Calcutta medical institutions reports 1892-1900
Year: 1892
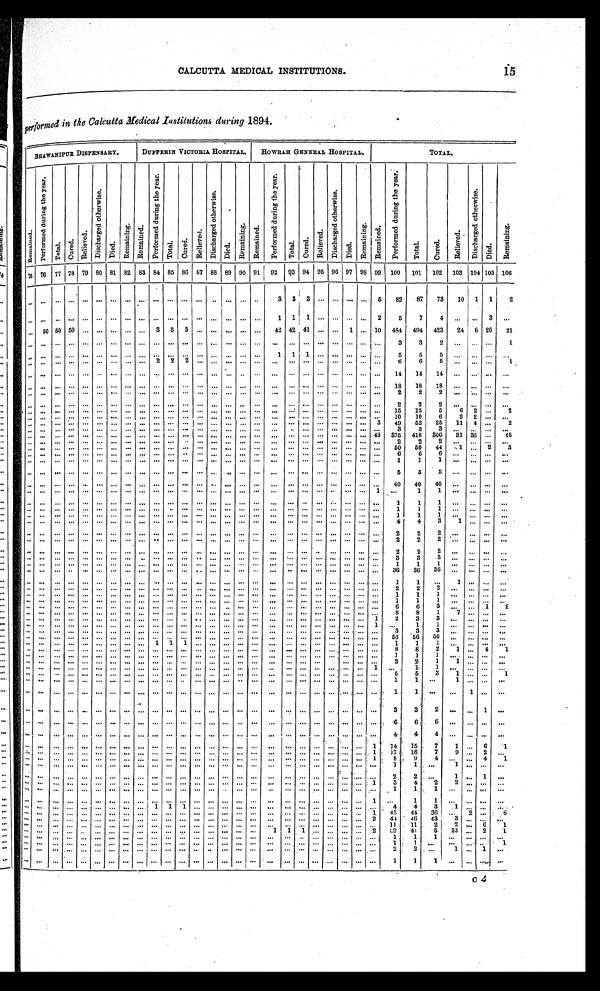
15
CALCUTTA MEDICAL INSTITUTIONS.
performed in the Calcutta Medical Institutions during 1894.
B H A W A N I P U R
DI S P E NS ARY.
DUFFERIN VICTORIA HOSPITAL .
H O W R A H G E N E R A L H O S P I T A L .
TOTAL.
Re ma i n e d .
P e r f o r m e d d u r i n g t h e y e a r .
T o t a l .
C u r e d .
R e l i e v e d .
D i s c h a r g e d o t h e r w i s e .
D i e d .
R e m a i n i n g .
R e m a i n e d .
P e r f o r m e d d u r i n g t h e y e a r .
Total.
C u r e d .
R e l i e v e d .
D i s c h a r g e d o t h e r w i s e .
Died.
R e m a i n i n g .
R e m a i n e d .
P e r f o r m e d d u r i n g t h e y e a r .
T o t a l .
C u r e d .
R e l i e v e d .
Di s c h a r g e d o t h e r wi s e .
D i e d .
R e ma i n i n g .
R e m a i n e d .
P e r f o r m e d d u r i n g t h e y e a r .
T o t a l .
C u r e d .
R e l i e v e d .
D i s c h a r g e d o t h e r w i s e .
D i e d .
R e m a i n i n g .
75
76
77 78
79
80
81
82
83
84
85
86
87
88
89
90
91
92
93 94
95
96
97
98
99
100
101
102
103
104 105
106
. . .
. . .
. . .
. . .
. . .
. . .
. . .
. . .
. . .
. . .
. . .
. . .
. . .
. . .
. . .
. . .
. . .
3
3
3
. . . . . .
. . .
. . .
5
82
87
73
10 1
1
2
. . .
. . .
. . .
. . .
. . .
. . .
. . .
. . .
. . .
. . .. . .
. . .
. . .
. . . . . .
. . .
. . .
1
1
1
. . .. . .
. . . . . .
2
5
7
4
. . . . . .
3
. . .
. . .
50
50 50
. . .
. . .
. . .
. . .
. . .
3
3
3
. . .
. . . . . .
. . .
. . .
42 42
41
. . . . . .
1
. . . 10
484
494
423
24
6
20
21
. . .
. . .
. . .
. . .
. . .
. . .
. . .
. . .
. . .
. . .. . .
. . .
. . .
. . .. . .
. . .
. . .
. . .
. . ..
. .
. . .. . .
. . . . . . . . .
3
3
2
. . .
. . .
. . .
1
. . .
. . .
. . .
. . .
. . .
. . .
. . .
. . .
. . .
. . .. . .
. . .
. . .. . . . . .
. . .
. . .
1
1 1
. . .. . .
. . . . . . . . .
5
5
5
. . .
. . .
. . . . . .
. . .
. . .
. . .
. . .
. . .
. . .
. . .
. . .
. . .
2 2
2
. . .
. . .. . .
. . .
. . .
. . .
. . . . . .
. . .. . .
. . . . . . . . .
6
6
5
. . .
. . .
. . .
1
. . .
. . .
. . .
. . .
. . .
. . .
. . .
. . .
. . .
. . .. . .
. . .
. . .
. . .
. . .
. . .
. . .
. . .
. . . . . .
. . .. . .
. . . . . . . . .
14
14
14
. . .
. . .
. . .
. . .
. . .
. . .
. . .
. . .
. . .
. . .
. . .
. . .
. . .
. . .. . .
. . .
. . .
. . .. . .
. . .
. . .
. . .
. . . . . .
. . .. . .
. . . . . . . . .
18
18
18
. . .
. . .
. . .
. . .
. . .
. . .
. . .
. . .
. . .
. . .
. . .
. . .
. . .
. . .. . .
. . .
. . .
. . .. . .
. . .
. . .
. . .
. . . . . .
. . .. . .
. . . . . . . . .
2
2
2
. . .
. . .
. . . . . .
. . .
. . .
. . .
. . .
. . .
. . .
. . .
. . .. . .
. . .. . .
. . .
. . .
. . .. . .
. . .
. . .
. . .
. . . . . .
. . .. . .
. . . . . . . . .
2
2
2
. . .
. . .
. . .
. . .
. . .
. . .
. . .
. . .
. . .
. . .
. . .
. . .
. . .
. . .
. . .
. . .
. . .
. . .. . .
. . .
. . .
. . .
. . . . . .
. . .. . .
. . . . . . . . .
1 5
1 5
5
6
2
. . .
2
. . .
. . .
. . .
. . .
. . .
. . .. . .
. . .
. . .
. . .
. . .
. . .
. . .
. . . . . .
. . .
. . .
. . .
. . . . . .
. . .. . .
. . . . . . . . .
1 0
1 0
6
2
2
. . .
. . .
. . .
. . .
. . .
. . .
. . .
. . .
. . .
. . .
. . .
. . .
. . .
. . ..
. .
. . .. . .
. . .
. . .. . .
. . . . . .
. . .. . .
. . . . . . 3
4 9
5 2
3 5
11
4
. . .
2
. . .
. . .
. . .
. . .
. . .
. . .
. . .
. . .
. . .
. . .
. . .
. . . . . .
. . .. . .
. . .
. . .. . .
. . . . . .
. . .. . .
. . . . . . . . .
3
3
3
. . .
. . .
. . .
. . .
. . .
. . .
. . .
. . .
. . .
. . .
. . .
. . .
. . .
. . .
. . .
. . . . . .
. . .. . .
. . .
. . .. . .
. . . . . .
. . .. . .
. . . . . .
43
375
418
306
31
36
. . .
45
. . .
. . .
. . .
. . .
. . .
. . .
. . .
. . .
. . .
. . .
. . .
. . . . . .
. . .. . .
. . .
. . .. . .
. . . . . .
. . .. . .
. . . . . .
. . .
2
2
2
. . .
. . .
. . .
. . .
. . .
. . .
. . .
. . .
. . .
. . .
. . .
. . .
. . .
. . .
. . .
. . . . . .
. . .. . .
. . .
. . .. . .
. . . . . .
. . .. . .
. . . . . .
. . .
50
50
44
1
. . .
2
3
. . .
. . .
. . .
. . .
. . .
. . .
. . .
. . .
. . .
. . .
. . .
. . . . . .
. . .. . .
. . .
. . .. . .
. . . . . .
. . .. . .
. . . . . .
. . .
6
6
6
. . .
. . .
. . . . . .
. . .
. . .
. . .
. . .
. . .
. . .
. . .
. . .
. . .
. . .
. . .
. . . . . .
. . .. . .
. . .
. . .. . .
. . . . . .
. . .. . .
. . . . . .
. . .
1
1
1
. . .
. . .
. . .
. . .
. . .
. . .
. . .
. . .
. . .
. . .
. . .
. . .
. . .
. . .
. . .
. . . . . .
. . .. . .
. . .
. . .. . .
. . . . . .
. . .. . .
. . . . . .
. . .
5
5
5
. . .
. . .
. . .
. . .
. . .
. . .
. . .
. . .
. . .
. . .
. . .
. . .
. . .
. . .
. . .
. . . . . .
. . .. . .
. . .
. . .. . .
. . . . . .
. . .. . .
. . . . . .
. . .
40
40
40
. . .
. . .
. . . . . .
. . .
. . .
. . .
. . .
. . .
. . .
. . .
. . .
. . .
. . .
. . .
. . . . . .
. . .. . .
. . .
. . .. . .
. . . . . .
. . .. . .
. . . . . .
1
. . .
1
1
. . .
. . .
. . .
. . .
. . .
. . .
. . .
. . .
. . .
. . .
. . .
. . .
. . .
. . .
. . .
. . .
. . .
. . . . . .
. . .
. . .
. . .
. . .
. . .
. . .
. . .
. . .
. . .
. . .
1
1
1
. . .
. . .
. . . . . .
1
1
. . .
. . .
. . .
. . .
1
. . .
. . .
. . .
. . .
. . .
. . .
. . .
. . .
. . .
. . .
. . .
. . .
. . .
. . . . . .
. . .
. . .
. . .
. . .
. . .
. . . . . .
. . .
. . .
. . .
1
1
1
. . .
. . .
. . .
. . .
. . .
. . .
. . .
. . .
. . .
. . .
. . .
. . .
. . .
. . .
. . .
. . .
. . .
. . .. . .
. . .
. . .. . .
. . .
. . .
. . .. . .
. . . . . .
. . .
4
3
1
. . .
. . . . . .
4
. . .
. . .
. . .
. . .
. . .
. . .
. . .
. . .
. . .
. . .
. . .
. . .
. . .
. . .. . .
. . .
. . .. . .
. . .
. . .
. . .. . .
. . . . . .
. . .
. . .
. . .
. . .
. . .
. . .
. . .
. . .
. . .
. . .
. . .
. . .
. . .
. . .
. . .. . .
. . .
. . .. . .
. . .
. . .
. . .. . .
. . . . . .
. . .
2
2
2
. . .
. . .
. . .
. . .
. . .
. . .
. . .
. . .
. . .
. . .
. . .
. . .
. . .
. . .
. . .
. . .
. . .
. . .. . .
. . .
. . .. . .
. . .
. . .
. . .. . .
. . . . . .
. . .
2
2
2
. . .
. . .
. . .
. . .
. . .
. . .
. . .
. . .
. . .
. . .
. . .
. . .
. . .
. . .
. . .
. . .
. . .
. . .. . .
. . .
. . .. . .
. . .
. . .
. . .. . .
. . . . . .
. . .
2
2
2
. . .
. . .
. . .
. . .
3
3
3
. . .
. . .
. . . . . .
. . .
. . .
. . .
. . .
. . .
. . .
. . .
. . .
. . .
. . .
. . .
. . .
. . .
. . .. . .
. . .
. . .. . .
. . .
. . .
. . .. . .
. . . . . .
. . .
1
1
. . .
. . .
. . . . . .
1
. . .
. . .
. . .
. . .
. . .
. . .
. . .
. . .
. . .
. . .
. . .
. . .
. . .
. . .. . .
. . .
. . .. . .
. . .
. . .
. . .. . .
. . . . . .
. . .
36
36
. . .
. . .
. . . . . .
36
. . .
. . .
. . .
. . .
. . .
. . .
. . .
. . .
. . .
. . .
. . .
. . .
. . .
. . .. . .
. . .
. . .. . .
. . .
. . .
. . .. . .
. . . . . .
. . .
. . .
. . .
. . .
. . .
. . .
. . .
. . .
. . .
. . .
. . .
. . .
. . .
. . .
. . .. . .
. . .
. . .. . .
. . .
. . .
. . .. . .
. . . . . .
. . .
1
1
. . .
1
. . .
. . . . . .
2
2
2
. . .
. . .
. . . . . .
. . .
. . .
. . .
. . .
. . .
. . .
. . .
. . .
. . .
. . .
. . .
. . .
. . .
. . .. . .
. . .
. . .. . .
. . .
. . .
. . .. . .
. . . . . .
. . .
1
1
1
. . .
. . .
. . .
. . .
. . .
. . .
. . .
. . .
. . .
. . .
. . .
. . .
. . .
. . .
. . .
. . .
. . .
. . .. . .
. . .
. . .. . .
. . .
. . .
. . .. . .
. . . . . .
. . .
1
1
1
. . .
. . .
. . . . . .
. . .
. . .
. . .
. . .
. . .
. . .
. . .
. . .
. . .
. . .
. . .
. . .
. . .
. . .. . .
. . .
. . .. . .
. . .
. . .
. . .. . .
. . . . . .
. . .
6
6
3
. . .
. . .
1
3
. . .
. . .
. . .
. . .
. . .
. . .
. . .
. . .
. . .
. . .
. . .
. . .
. . .
. . .. . .
. . .
. . .. . .
. . .
. . .
. . .. . .
. . . . . .
. . .
8
8
1
7
. . .
. . .
. . .
. . .
. . .
. . .
. . .
. . .
. . .
. . .
. . .
. . .
. . .
. . .
. . .
. . .
. . .. . .
. . .
. . .. . .
. . .
. . .
. . .. . .
. . . . . .
1
2
3
3
. . .
. . .
. . .
. . .
. . .
. . .
. . .
. . .
. . .
. . .
. . .
. . .
. . .
. . .
. . .
. . .
. . .
. . .. . .
. . .
. . .. . .
. . .
. . .
. . .. . .
. . .
. . .
1
1
1
. . .
. . .
. . .
. . .
. . .
. . .
. . .
. . .
. . .
. . .
. . .
. . .
. . .
. . .
. . .
. . .
. . .
. . .
. . .. . .
. . .
. . .. . .
. . .
. . .
. . .. . .
. . . . . .
. . .
3
3
3
. . .
. . .
. . .
. . .
. . .
. . .
. . .
. . .
. . .
. . .
. . .
. . .
. . .
. . .
. . .
. . .
. . .
. . .. . .
. . .
. . .. . .
. . .
. . .
. . .. . .
. . . . . .
. . .
5 6
56
. . .
. . .
. . . . . .
56
. . .
. . .
. . .
. . .
. . .
. . .
. . .
. . .
. . .
. . .
. . .
. . .
. . .
. . .. . .
. . .
. . .. . .
. . .
. . .
. . .
. . . . . .
. . .
. . .
. . .
. . .
. . .
. . .
. . .
. . .
. . .
. . .
1
1
1
. . .
. . .. . .
. . .
. . .. . .
. . .
. . .
. . .. . .
. . . . . .
. . .
1
1
1
. . .
. . .
. . . . . .
. . .
. . .
. . .
. . .
. . .
. . .
. . .
. . .
. . .
. . .
. . .
. . .
. . .
. . .. . .
. . .
. . .. . .
. . .
. . .
. . .. . .
. . . . . .
. . .
8
8
2
1
. . .
4
1
. . .
. . .
. . .
. . .
. . .
. . .
. . .
. . .
. . .
. . .
. . .
. . .
. . .
. . .. . .
. . .
. . .. . .
. . .
. . .
. . .. . .
. . . . . .
. . .
1
1
1
. . . . . .
. . .
. . .
. . .
. . .
. . .
. . .
. . .
. . .
. . .
. . .
. . .
. . .
. . .
. . .
. . .
. . .. . .
. . .
. . .. . .
. . .
. . .
. . .. . .
. . .
. . .
. . .
2
2
1
1
. . .
. . .
. . .
. . .
. . .
. . .
. . .
. . .
. . .
. . .
. . .
. . .
. . .
. . .
. . .
. . .
. . .. . .
. . .
. . .. . .
. . .
. . .
. . .. . .
. . . . . .
1
. . .
1
1
. . .
. . .
. . .
. . .
. . .
. . .
. . .
. . .
. . .
. . .
. . .
. . .
. . .
. . .
. . .
. . .
. . .
. . .. . .
. . .
. . .. . .
. . .
. . .
. . .. . .
. . . . . .
. . .
5
5
3
1 . . .
. . .
1
. . .
. . .
. . .
. . .
. . .
. . .
. . .
. . .
. . .
. . .
. . .
. . .
. . .
. . .. . .
. . .
. . .. . .
. . .
. . .
. . .. . .
. . . . . .
. . .
1
1
. . .
1
. . .
. . .
. . .
. . .
. . .
. . .
. . .
. . .
. . .
. . .
. . .
. . .
. . .
. . .
. . .
. . .
. . .. . .
. . .
. . .. . .
. . .
. . .
. . .. . .
. . . . . .
. . .
1
1
. . .
. . .
1
. . .
. . .
. . .
. . .
. . .
. . .
. . .
. . .
. . .
. . .
. . .
. . .
. . .
. . .
. . .
. . .. . .
. . .
. . .. . .
. . .
. . .
. . .. . .
. . . . . .
. . .
3
3
2
. . .
. . .
1
. . .
. . .
. . .
. . .
. . .
. . .
. . .
. . .
. . .
. . .
. . .
. . .
. . .
. . .
. . .. . .
. . .
. . .. . .
. . .
. . .
. . .. . .
. . . . . . . . .
6
6
6
. . .
. . .
. . . . . .
. . .
. . .
. . .
. . .
. . .
. . .
. . .
. . .
. . .
. . .
. . .
. . .
. . .
. . .. . .
. . .
. . .
. . .
. . .
. . .
. . . . . .
. . .
. . .
. . .
4
4
4
. . .
. . .
. . .
. . .
. . .
. . .
. . .
. . .
. . .
. . .
. . .
. . .
. . .
. . .
. . .
. . .
. . .
. . .. . .
. . .
. . .. . .
. . .
. . .
. . .. . .
. . . . . .
1
14 15
7
1
. . .
6
1
1 7
1 8
7
9
. . .
2
. . .
. . .
. . .
. . .
. . .
. . .
. . .
. . .
. . .
. . .
. . .
. . .
. . .
. . .
. . .. . .
. . .
. . .. . .
. . .
. . .
. . .. . .
. . . . . .
. . .
8
9
4
. . .
. . .
4
1
. . . . . .
. . .
. . .
. . .
. . .
. . .
. . .
. . .
. . .
. . .
. . .
. . .
. . .. . .
. . .
. . .. . .
. . .
. . .
. . . . . .
. . .
. . .
1
1
1
. . .
1
. . .
. . .
. . .
. . .
. . .
. . .
. . .
. . .
. . .
. . .
. . .
. . .
. . .
. . .
. . .
. . .
. . . . . .
. . .
. . .
. . .
. . .
. . .
. . . . . .
. . .
. . .
. . .
. . .
. . .
. . .
. . .
. . .
. . .
. . .
. . .
. . .
. . .
. . .
. . .
. . .
. . .. . .
. . .
. . .. . .
. . .
. . .
. . .. . .
. . . . . .
. . .
2
2
. . .
1
. . .
1
. . .
2
2
. . .
. . .
. . .
3
4
. . .
. . .
. . .
. . .
. . .
. . .
. . .
. . .
. . .
. . .
. . .
. . .
. . .
. . .. . .
. . .
. . .. . .
. . .
. . .
. . .. . .
. . . . . .
1
1
1
. . .
. . .
. . .
. . .
1
. . .
. . .
. . .
. . .
. . .
. . .
. . .
. . .
. . .
. . .
. . .
. . .
. . .
. . .
. . .. . .
. . .
. . .. . .
. . .
. . .
. . .. . .
. . . . . .
. . .
. . .
. . .
. . .
. . .
. . .
. . .
. . .
. . .
. . .
. . .
. . .
. . .
. . .
. . .. . .
. . .
. . .. . .
. . .
. . .
. . .. . .
. . . . . .
1
. . .
1
1
. . .
. . .
. . .
. . .
4
4
3
1 . . .
. . .
. . .
. . .
. . .
. . .
. . .
. . .
. . .
. . .
. . .
. . .
1
1
1
. . .
. . . . . .
. . .
. . .
. . .
. . .
. . .
. . . . . .
. . .
. . .
. . .
4 3
4 4
3 6
. . .
2
. . .
6
. . .
. . .
. . .
. . .
. . .
. . .
. . .
. . .
. . .
. . .
. . .
. . .
. . .
. . .. . .
. . .
. . .. . .
. . .
. . .
. . .. . .
. . . . . .
1
4 4
4 6
4 3
3
. . .
. . .
. . .
. . .
. . .
. . .
. . .
. . .
. . .
. . .
. . .
. . .
. . .
. . .
. . . . . .
. . .
. . .. . .
. . .
. . .. . .
. . .
. . .
. . .. . .
. . . . . .
2
11
2
2 . . .
6
1
11
. . .
. . .
. . .
. . .
. . .
. . .
. . .
. . .
. . ..
. .
. . .
. . .
. . .
. . .. . .
. . .
. . .. . .
. . .
. . .
. . .. . .
. . . . . .
. . .
41
5
33
. . .
2
1
39
. . .
. . .
. . .
. . .
. . .
. . .
. . .
. . .
. . .
. . .
. . .
. . .
. . .
. . .. . .
. . .
. . .
1
1
1
. . . . . .
. . .
. . .
2
1
1
1
. . .
. . .
. . . . . .
. . .
. . .
. . .
. . .
. . .
. . .
. . .
. . .
. . .
. . .
. . .
. . .
. . .
. . .. . .
. . .
. . .. . .
. . .
. . .
. . .. . .
. . .. . .
. . .
1
. . . . . .
. . .
. . .
1
1
. . .
. . .
. . .
. . .
. . .
. . .
. . .
. . .
. . .
. . .
. . .
. . .
. . .
. . .. . .
. . .
. . .. . .
. . .
. . .
. . .. . .
. . .. . .
. . .
1 . . .
1 . . .
2
2
. . .
. . .
. . .
. . .
. . .
. . .
. . .
. . .
. . .
. . .
. . .
. . .
. . .
. . .
. . .. . .
. . .
. . .. . .
. . .
. . .
. . .. . .
. . .. . .
. . .
. . .
. . .
. . .
. . .
. . .
. . .
. . .
. . .
. . .
. . .
. . .
. . .
. . .
. . .. . .
. . .
. . .. . .
. . .
. . .
. . .. . .
. . .. . .
. . .
1
1
1
. . .
. . .
. . .
. . .
c 2